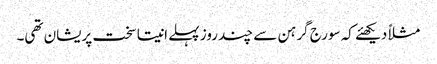
مثلاً دیکھئے کہ سورج گرہن سے چند روز پہلے انیتا سخت پریشان تھی۔